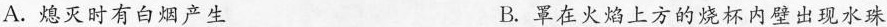
A.熄灭时有白烟产生 B.罩在火焰上方的烧杯内壁出现水珠